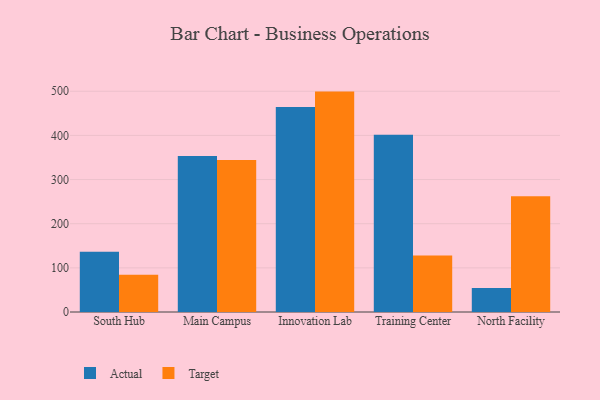
{"axis": {"x": "Campus", "y": "Revenue (USD Million)"}, "legend": ["Actual", "Target"], "data": [{"x": "South Hub", "y": 136.7, "type": "Actual"}, {"x": "South Hub", "y": 84.1, "type": "Target"}, {"x": "Main Campus", "y": 353.6, "type": "Actual"}, {"x": "Main Campus", "y": 344.4, "type": "Target"}, {"x": "Innovation Lab", "y": 464.1, "type": "Actual"}, {"x": "Innovation Lab", "y": 499.2, "type": "Target"}, {"x": "Training Center", "y": 401.7, "type": "Actual"}, {"x": "Training Center", "y": 127.9, "type": "Target"}, {"x": "North Facility", "y": 54.1, "type": "Actual"}, {"x": "North Facility", "y": 262.0, "type": "Target"}]}